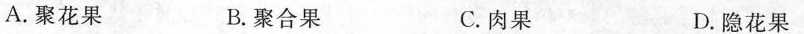
A.聚花果 B.聚合果 C.肉果 D.隐花果